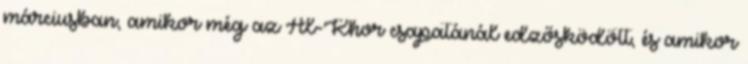
márciusban, amikor még az Al-Khor csapatánál edzősködött, és amikor